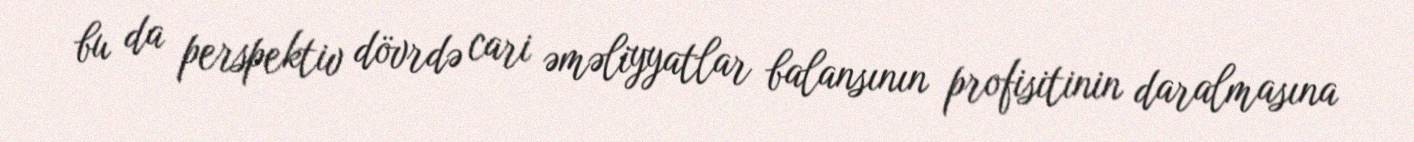
bu da perspektiv dövrdə cari əməliyyatlar balansının profisitinin daralmasına